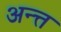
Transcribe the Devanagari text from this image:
अन्त्त